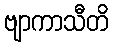
ဗျာကာသီတိ